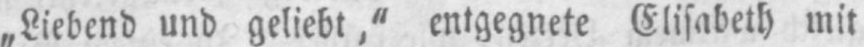
„Liebend und geliebt,” entgegnete Elisabeth mit